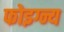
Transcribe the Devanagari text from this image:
फोइग्न्य